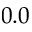
0 . 0